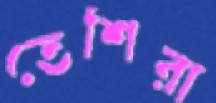
তেশিরা